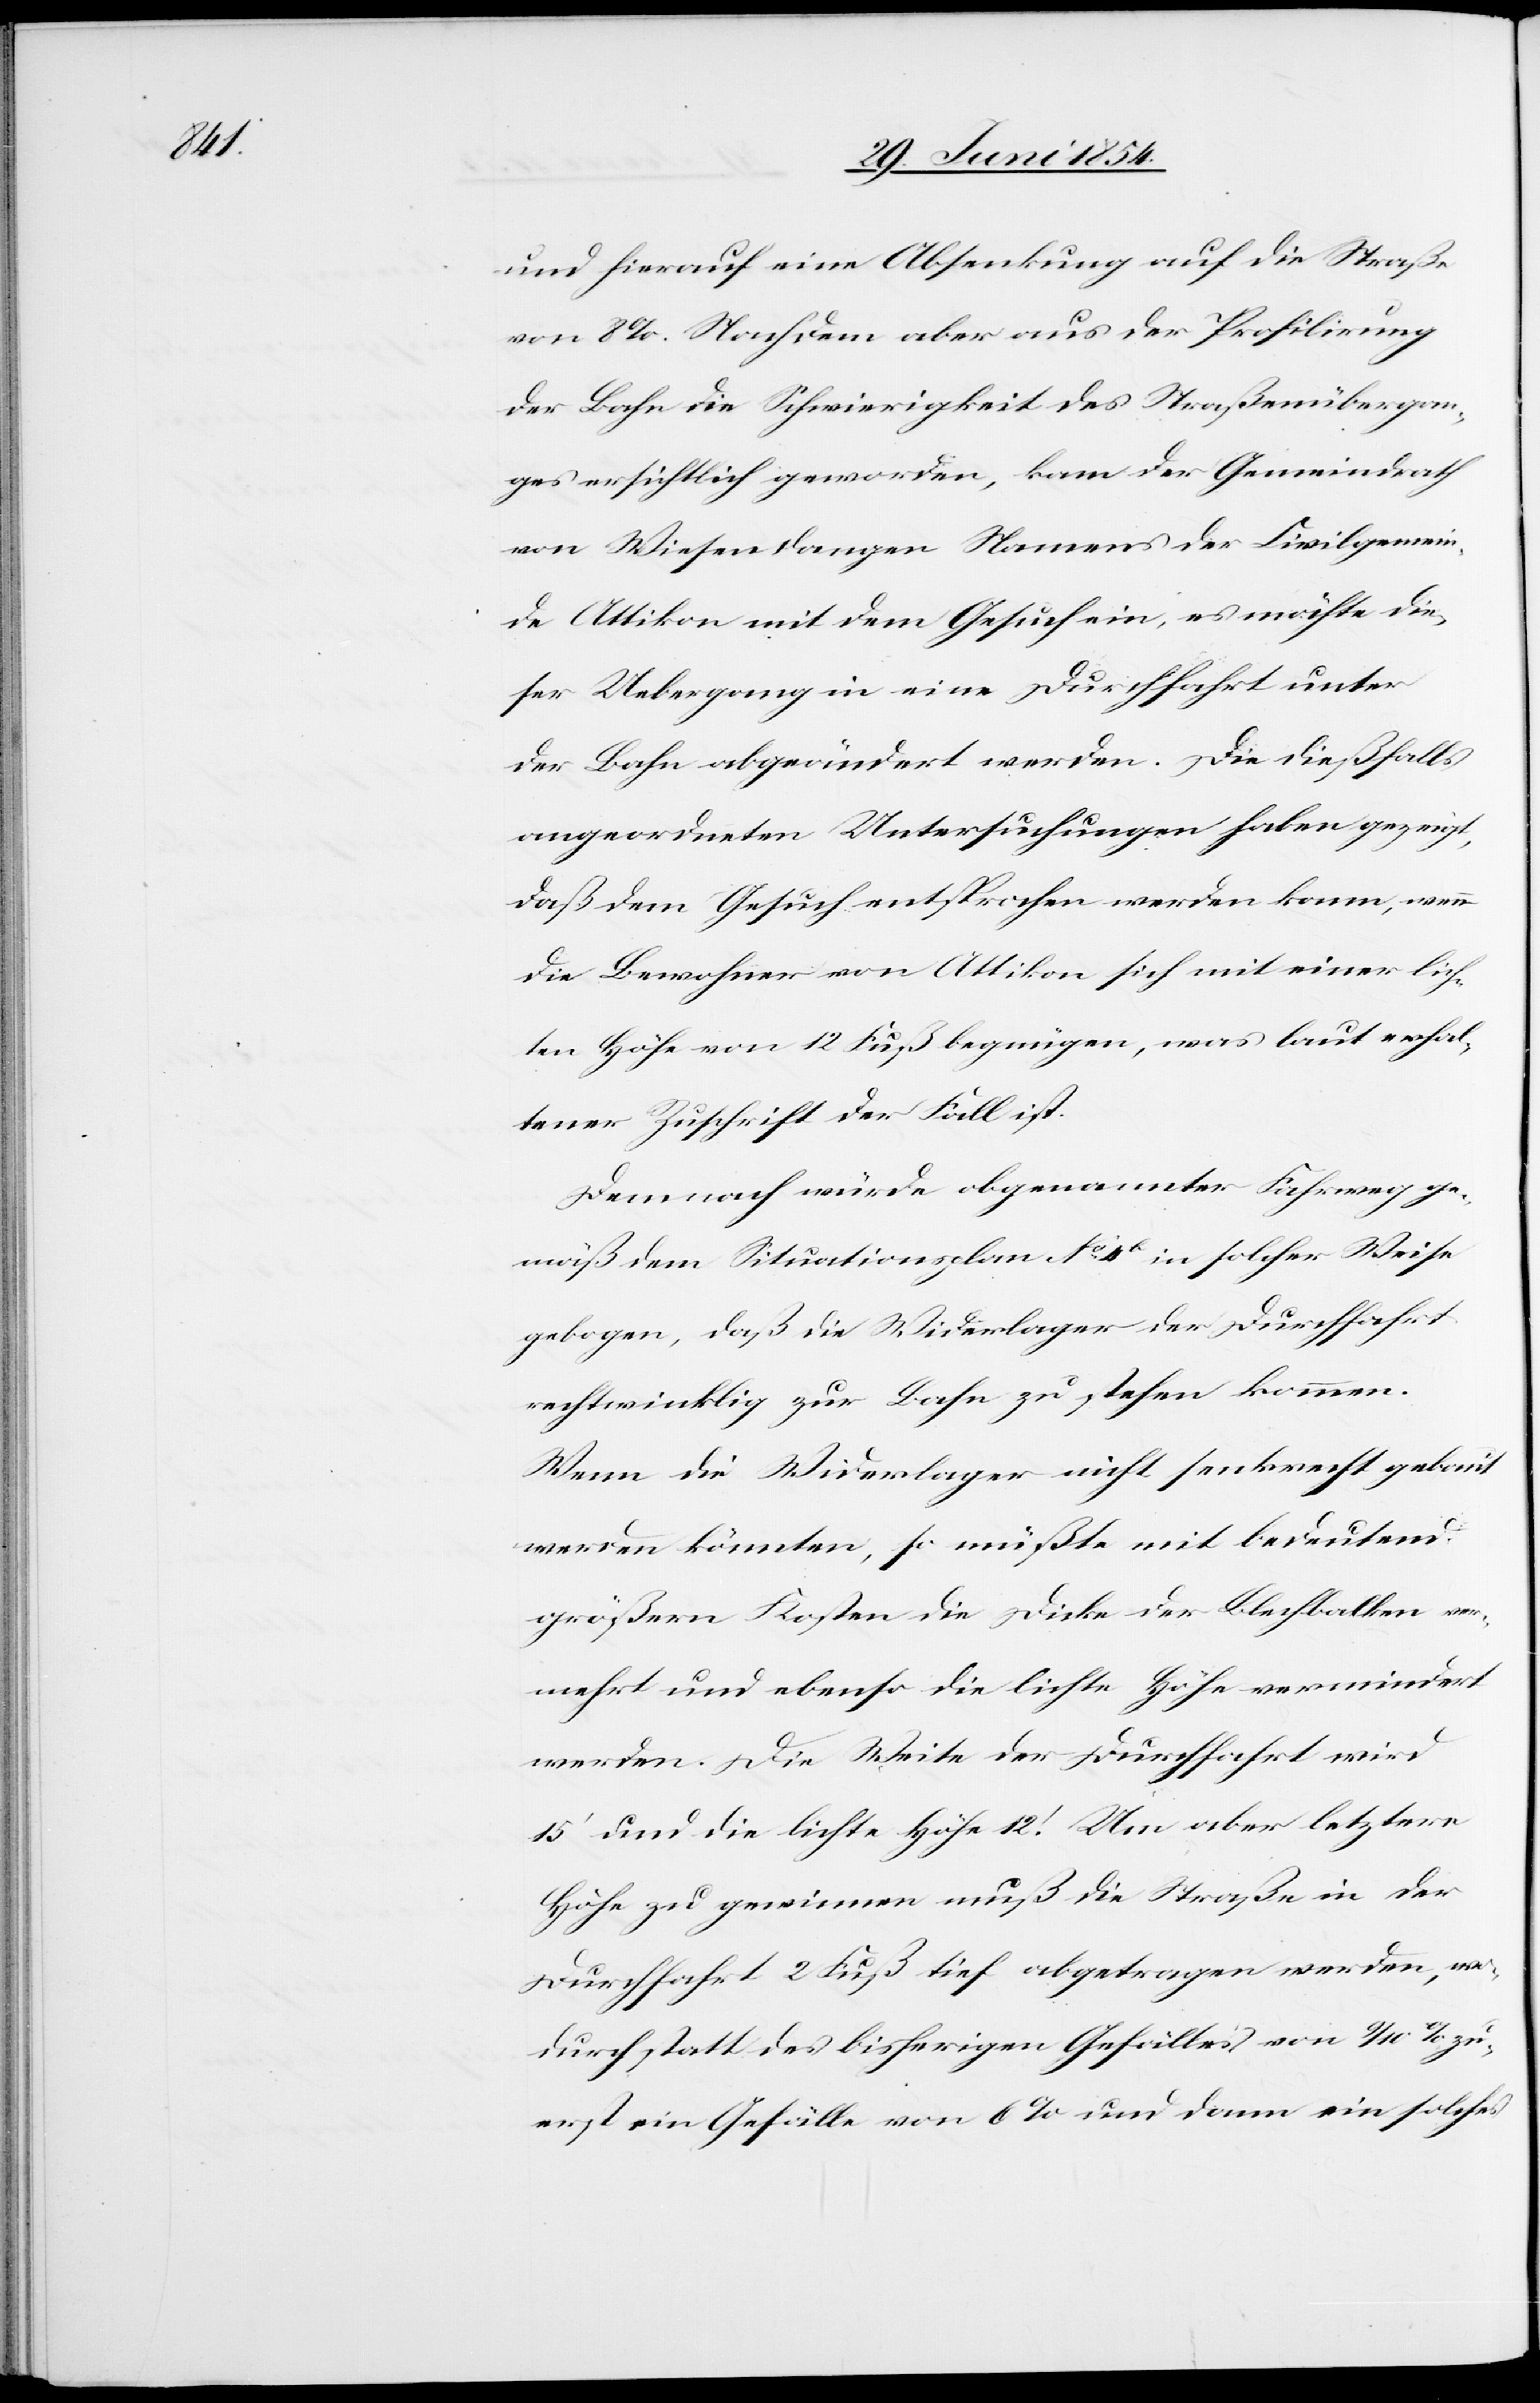
und hierauf eine Absenkung auf die Straße
von 8 %. Nachdem aber aus den Profilirung
der Bahn die Schwierigkeit des Straßenübergan¬
ges ersichtlich geworden, kam der Gemeindrath
von Wiesendangen Namens der Civilgemein¬
de Attikon mit dem Gesuch ein, es möchte die¬
ser Uebergang in eine Durchfahrt unter
der Bahn abgeändert werden. Die dießfalls
angeordneten Untersuchungen haben gezeigt,
daß dem Gesuch entsprochen werden kann, wenn
die Bewohner von Attikon sich mit einer lich¬
ten Höhe von 12 Fuß begnügen, was laut erhal¬
tener Zuschrift der Fall ist.
Demnach würde obgenannter Fahrweg ge¬
mäß dem Situationsplan No 4b in solcher Weise
gebogen, daß die Widerlager der Durchfahrt
rechtwinklig zur Bahn zu stehen kommen.
Wenn die Widerlager nicht senkrecht gebaut
werden könnten, so müßte mit bedeutend
größern Kosten die Dicke der Blechbalken ver¬
mehrt und ebenso die lichte Höhe vermindert
werden. Die Weite der Durchfahrt wird
15‘ und die lichte Höhe 12‘. Um aber letztere
Höhe zu gewinnen muß die Straße in der
Durchfahrt 2 Fuß tief abgetragen werden, wo¬
durch statt des bisherigen Gefälles von 9/10 % zu¬
erst ein Gefälle von 6 % und dann ein solches